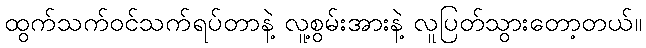
ထွက်သက်ဝင်သက်ရပ်တာနဲ့ လူ့စွမ်းအားနဲ့ လူပြတ်သွားတော့တယ်။